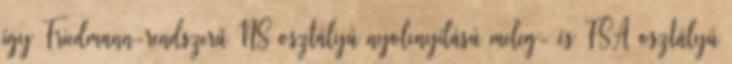
így Friedmann-rendszerű NS osztályú nyolcnyílású meleg- és FSA osztályú